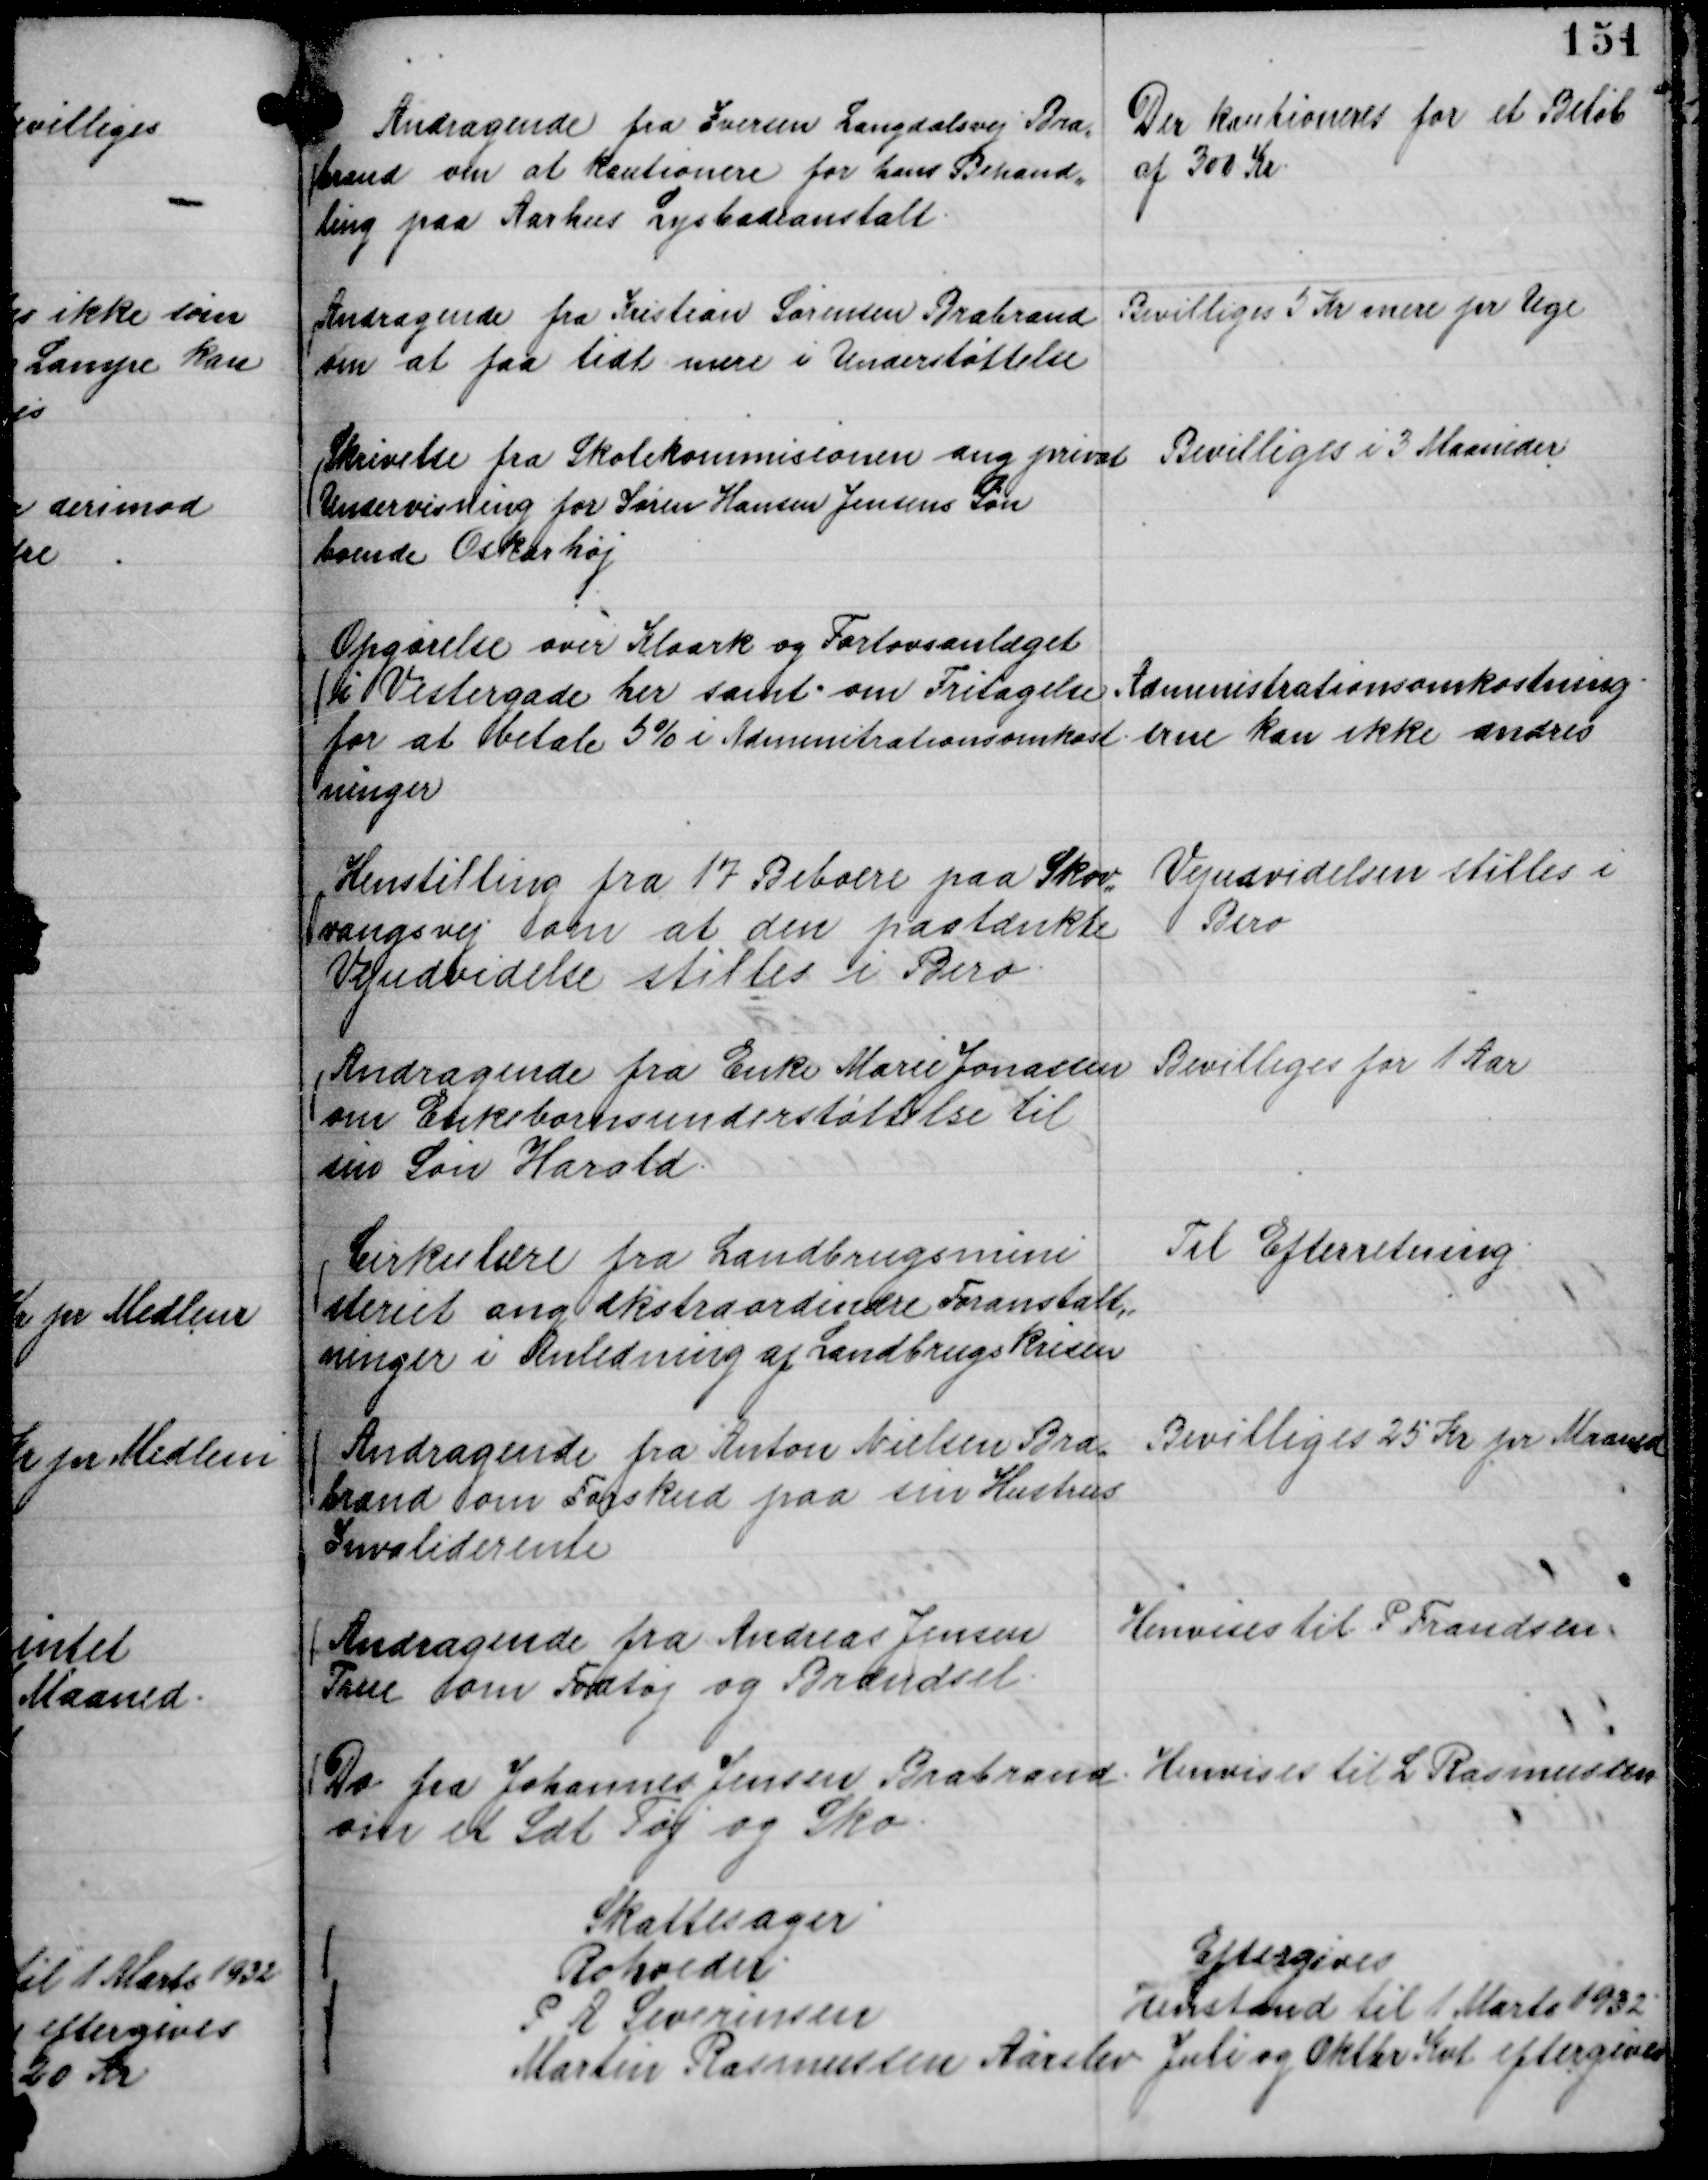
Transskription:
Andragende fra Iversen Langdalsvej Bra,,
brand om at kautionere for hans Behand,,
ling paa Aarhus Lysbadeanstalt.

Der kautioneres for et Beløb
af 300 Kr.

Andragende fra Kristian Sørensen Brabrand
om at faa lidt mere i Understøttelse

Bevilliges 5 Kr mere pr Uge

Skrivelse fra Skolekommisionen ang privat
Undervisning for Søren Hansen Jensens Søn
boende Oskarhøj

Bevilliges i 3 Maaneder

Opgørelse over Kloark og Fortovsanlæget
i Vestergade her samt om Fritagelse
for at betale 5 % i Adminitrationsomkost.
ninger

Administrationsomkostning-
erne kan ikke ændres

Henstilling fra 17 Beboere paa Skov,,
vangsvej om at den paatænkte
Vejudvidelse stilles i Bero.

Vejudvidelsen stilles i
Bero

Andragende fra Enke Marie Jonassen
om Enkebørnsunderstøttelse til
sin Søn Harald.

Bevilliges for 1 Aar

Cirkulære fra Landbrugsmini
steriet ang ekstraordinære Foranstalt,,
ninger i Anledning af Landbrugskrisen

Til Efterretning.

Andragende fra Anton Nielsen Bra,,
brand om Forskud paa sin Hustrus
Invaliderente

Bevilliges 25 Kr pr Maaned

Andragende fra Andreas Jensen
True om Fodtøj og Brændsel.

Henvises til P Frandsen

Do fra Johannes Jensen Brabrand
om et Sæt Tøj og Sko.

Henvises til L Rasmussen

Skattesager
Rohoeder.
Eftergives
P A Severinsen
Henstand til 1 Marts 1932
Martin Rasmussen Aarslev
Juli og Oktober Kvt eftergives